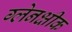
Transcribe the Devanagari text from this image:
ग्लेनक्षीक